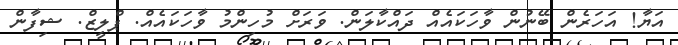
އަޔާ! އަހަރެން ބޭނުން ވާހަކައެއް ދައްކާލަން. ވަރަށް މުހިންމު ވާހަކައެއް. ޕްލީޒް. ޝިފާން